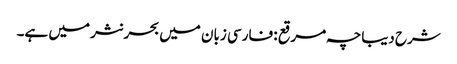
شرح دیباچہ مرقع : فارسی زبان میں بحر نثر میں ہے۔